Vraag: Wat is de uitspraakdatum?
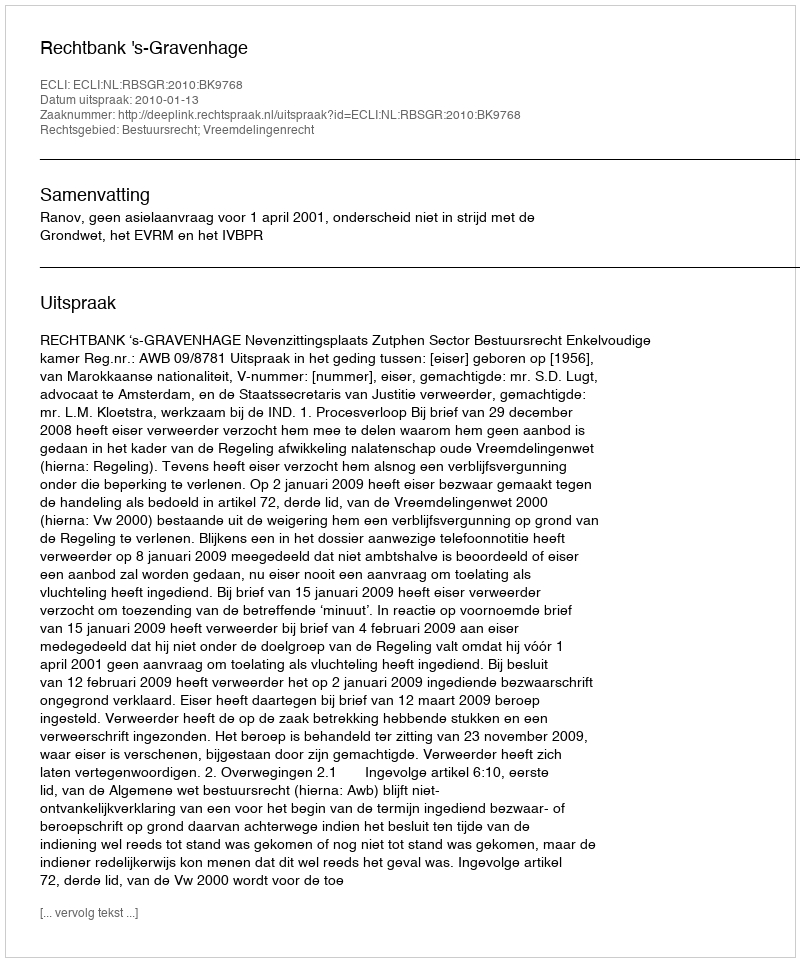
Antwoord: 2010-01-13